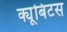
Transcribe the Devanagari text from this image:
क्यूबिटस